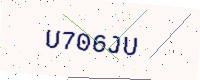
Text: U706JU